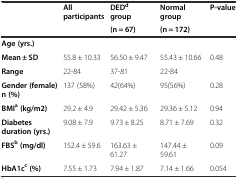
<table><thead><tr><td></td><td><b>All participants</b></td><td><b>DED<sup>d</sup>group</b></td><td><b>Normal group</b></td><td><b>P-value</b></td></tr><tr><td></td><td></td><td><b>(n = 67)</b></td><td><b>(n = 172)</b></td><td></td></tr></thead><tbody><tr><td><b>Age (yrs.)</b></td><td></td><td></td><td></td><td></td></tr><tr><td><b>Mean ± SD</b></td><td>55.8 ± 10.33</td><td>56.50 ± 9.47</td><td>55.43 ± 10.66</td><td>0.48</td></tr><tr><td><b>Range</b></td><td>22-84</td><td>37-81</td><td>22-84</td><td></td></tr><tr><td><b>Gender (female) n (%)</b></td><td>137 (58%)</td><td>42(64%)</td><td>95(56%)</td><td>0.28</td></tr><tr><td><b>BMI</b><sup><b>a</b></sup><b>(kg/m2)</b></td><td>29.2 ± 4.9</td><td>29.42 ± 5.36</td><td>29.36 ± 5.12</td><td>0.94</td></tr><tr><td><b>Diabetes duration (yrs.)</b></td><td>9.08 ± 7.9</td><td>9.73 ± 8.25</td><td>8.71 ± 7.69</td><td>0.32</td></tr><tr><td><b>FBS</b><sup><b>b</b></sup><b>(mg/dl)</b></td><td>152.4 ± 59.6</td><td>163.63 ± 61.27</td><td>147.44 ± 59.61</td><td>0.09</td></tr><tr><td><b>HbA1c</b><sup><b>c</b></sup><b>(%)</b></td><td>7.55 ± 1.73</td><td>7.94 ± 1.87</td><td>7.14 ± 1.66</td><td>0.054</td></tr></tbody></table>